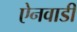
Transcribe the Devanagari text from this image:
ऐनवाडी